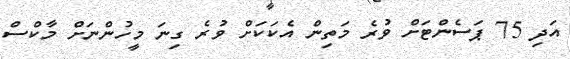
އަދި 75 ޕަސެންޓަށް ވުރެ މަތިން އެކަކަށް ވުރެ ގިނަ މީހުންނަށް މާކްސް